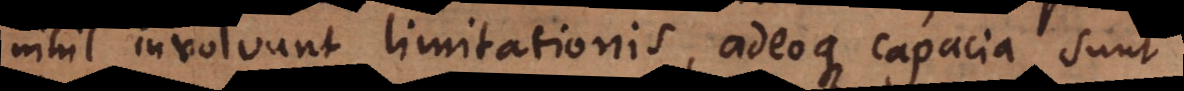
nihil involvunt limitationis, adeoque capacia sunt